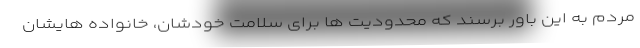
مردم به این باور برسند که محدودیت ها برای سلامت خودشان، خانواده هایشان